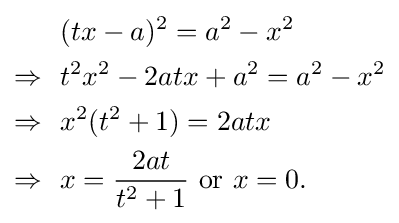
{\begin{aligned}&(tx-a)^{2}=a^{2}-x^{2}\\\Rightarrow \ \ &t^{2}x^{2}-2atx+a^{2}=a^{2}-x^{2}\\\Rightarrow \ \ &x^{2}(t^{2}+1)=2atx\\\Rightarrow \ \ &x={\frac {2at}{t^{2}+1}}{\text{ or }}x=0.\\\end{aligned}}